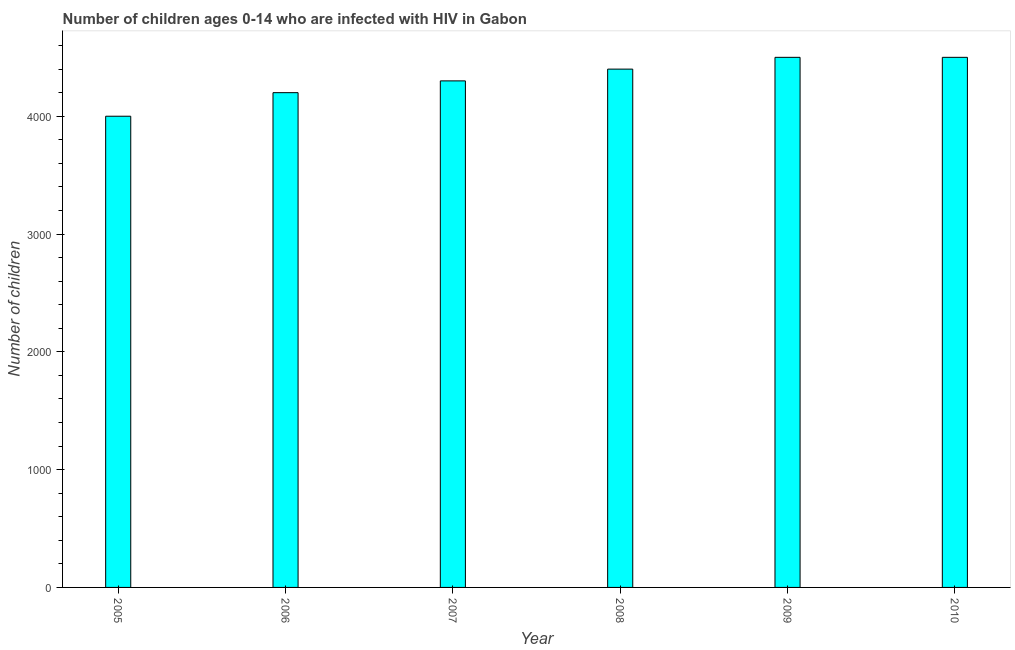
| Year | Children (0-14) living with HIV |
 | --- | --- |
 | 2005 | 4e+03 |
 | 2006 | 4.2e+03 |
 | 2007 | 4.3e+03 |
 | 2008 | 4.4e+03 |
 | 2009 | 4.5e+03 |
 | 2010 | 4.5e+03 |